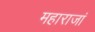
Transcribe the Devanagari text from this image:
महाराजां